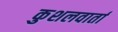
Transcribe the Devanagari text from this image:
कुशलवार्ता